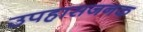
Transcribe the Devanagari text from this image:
उपहासजनक